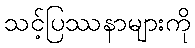
သင့်ပြဿနာများကို